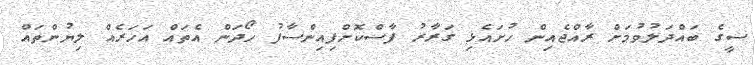
ސީގެ ބައްދަލުވުމަށް ރާއްޖެއިން ހުށައެޅި ގަރާރު ފާސްކޮށްފިއިންސާފު ހޯދަން އެތައް އަހަރެއް ލިޔުންތައް